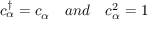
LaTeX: c _ { \alpha } ^ { \dagger } = c _ { \alpha } \ \ \ a n d \ \ \ c _ { \alpha } ^ { 2 } = 1